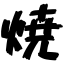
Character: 焼